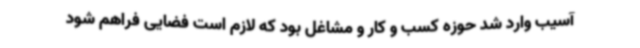
آسیب وارد شد حوزه کسب و کار و مشاغل بود که لازم است فضایی فراهم شود